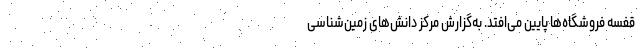
قفسهٔ فروشگاه‌ها پایین می‌افتد. به‌گزارش مرکز دانش‌های زمین‌شناسی